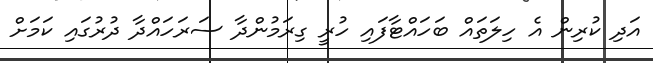
އަދި ކުރިން އެ ހިލަތައް ބަހައްޓާފައި ހުރީ ގިރަމުންދާ ސަރަހައްދާ ދުރުގައި ކަމަށް